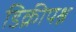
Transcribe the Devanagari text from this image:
डिक्रीपश्न